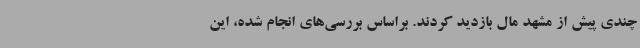
چندی پیش از مشهد مال بازدید کردند. براساس بررسی‌های انجام شده، این